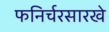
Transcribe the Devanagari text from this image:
फनिर्चरसारखे